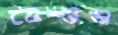
টেস্টও